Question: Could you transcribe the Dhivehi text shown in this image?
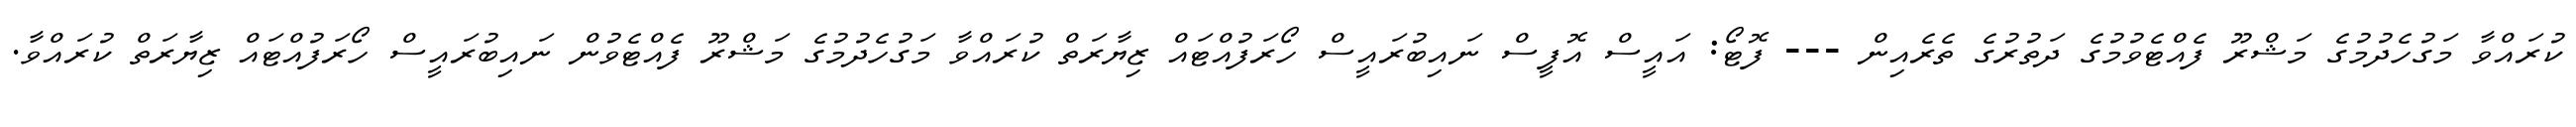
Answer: ކުރައްވާ މަގުހެދުމުގެ މަޝްރޫ ފެއްޓެވުމުގެ ދަތުރުގެ ތެރެއިން --- ފޮޓޯ: އައީސް އޮފީސް ނައިބުރައީސް ހޯރަފުއްޓައް ޒިޔާރަތް ކުރައްވާ މަގުހެދުމުގެ މަޝްރޫ ފެއްޓެވުން ނައިބުރައީސް ހޯރަފުއްޓައް ޒިޔާރަތް ކުރައްވާ.